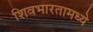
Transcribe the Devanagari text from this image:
शिवभारतामध्ये